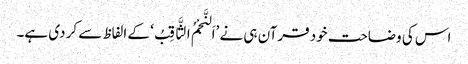
اس کی وضاحت خود قرآن ہی نے ’اَلنَّجْمُ الثَّاقِبُ‘ کے الفاظ سے کر دی ہے۔